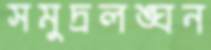
সমুদ্রলঙ্ঘন